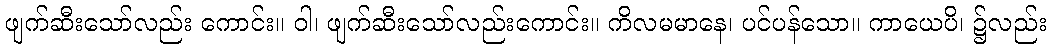
ဖျက်ဆီးသော်လည်း ကောင်း။ ဝါ၊ ဖျက်ဆီးသော်လည်းကောင်း။ ကိလမမာနေ၊ ပင်ပန်သော။ ကာယေပိ၊ ၌လည်း